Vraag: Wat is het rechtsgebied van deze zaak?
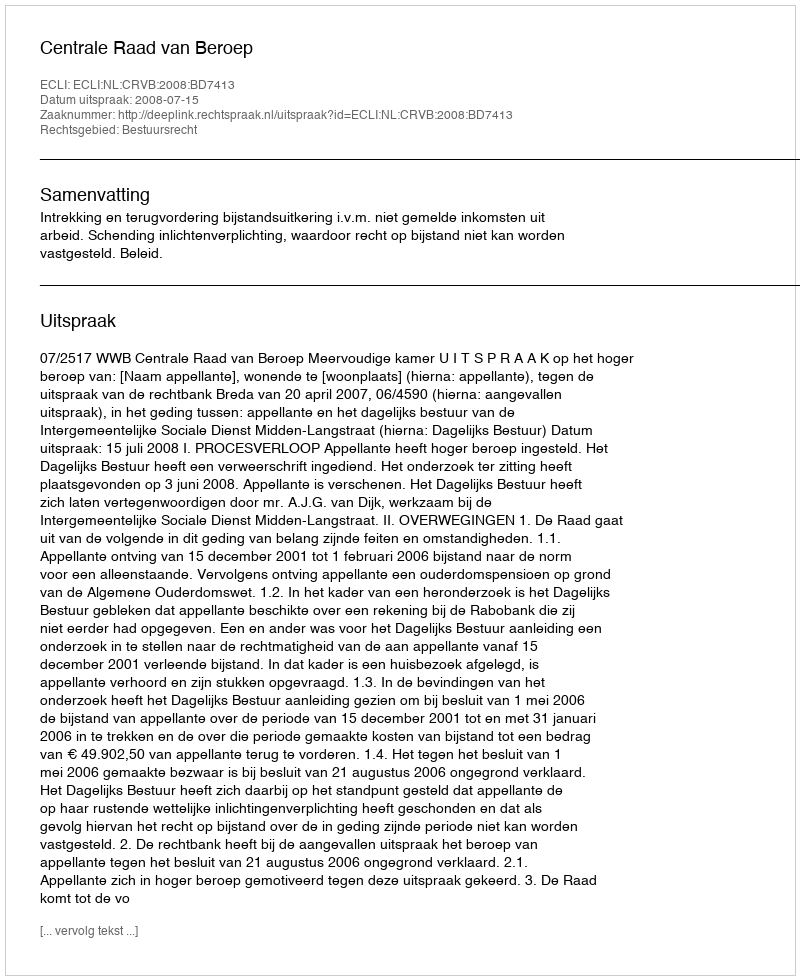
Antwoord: Bestuursrecht